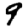
Digit: 9